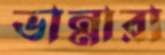
ভান্নারা